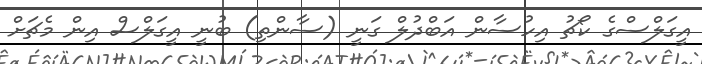
އީގަލްސްގެ ކޯޗު އިހުސާން އަބްދުލް ގަނީ (ސާންތި) ބުނީ އީގަލްސް އިން މެޗަށް